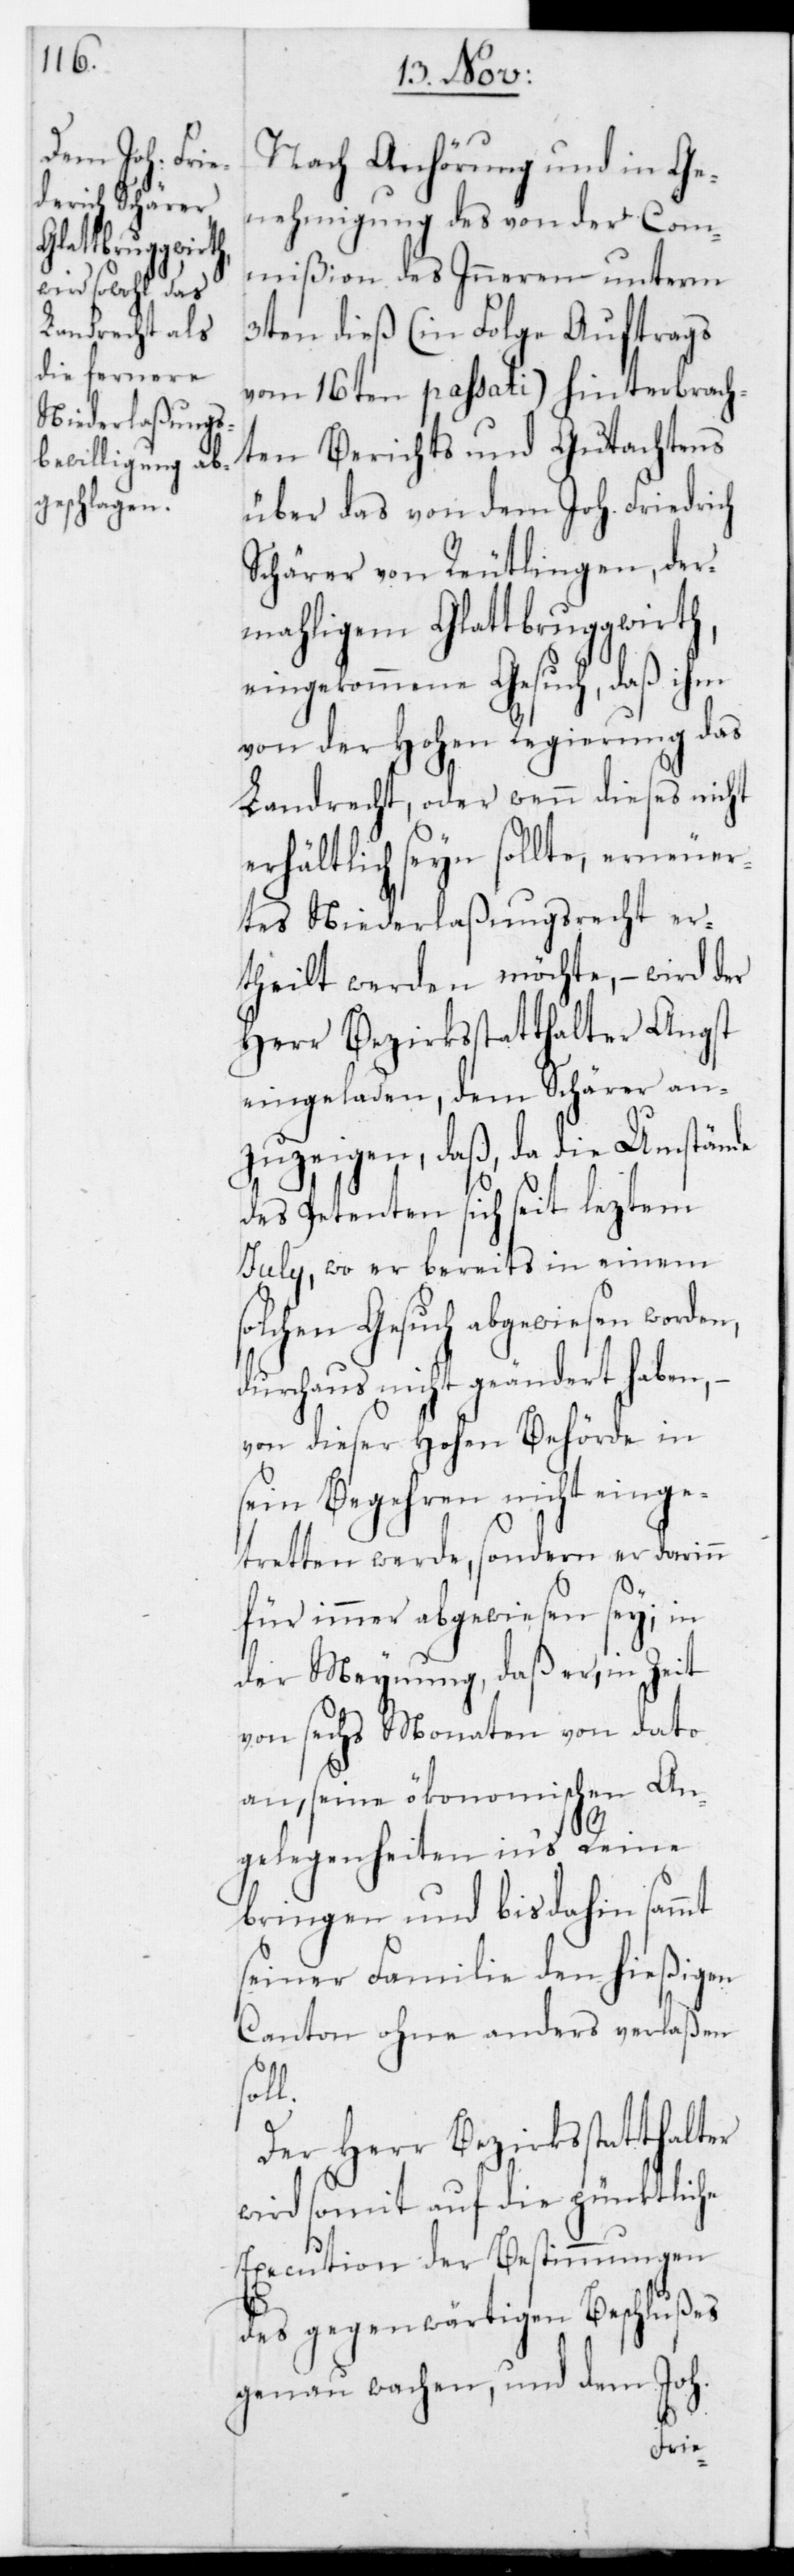
Nach Anhörung und in Ge¬
nehmigung des von der Com¬
mißion des Inneren unterm
3ten dieß (in Folge Auftrags
vom 16ten passati) hinterbrach¬
ten Berichts und Gutachtens
über das von dem Joh. Friedrich
Schärer von Reutlingen, der¬
mahligem Glattbruggwirth,
eingekommene Gesuch, daß ihm
von der Hohen Regierung das
Landrecht, oder wenn dieses nicht
erhältlich seyn sollte, erneuer¬
etes Niederlaßungsrecht er¬
theilt werden möchte, – wird der
Herr Bezirksstatthalter Angst
eingeladen, dem Schärer an¬
zuzeigen, daß, da die Umstände
des Petenten sich seit leztem
July, wo er bereits in einem
solchen Gesuch abgewiesen worden,
durchaus nicht geändert haben, –
von dieser Hohen Behörde in
sein Begehren nicht einge¬
tretten werde, sondern er darinn
für immer abgewiesen sey; in
der Meynung, daß er, in Zeit
von sechs Monaten von dato
an, seine ökonomischen An¬
gelegenheiten in‘s Reine
bringen und bis dahin sammt
seiner Familie den hießigen
Canton ohne anders verlaßen
soll.
Der Herr Bezirksstatthalter
wird somit auf die pünktliche
Execution der Bestimmungen
des gegenwärtigen Beschlußes
genau wachen, und dem Joh.